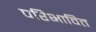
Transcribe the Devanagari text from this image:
परिभावित